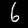
Digit: 6